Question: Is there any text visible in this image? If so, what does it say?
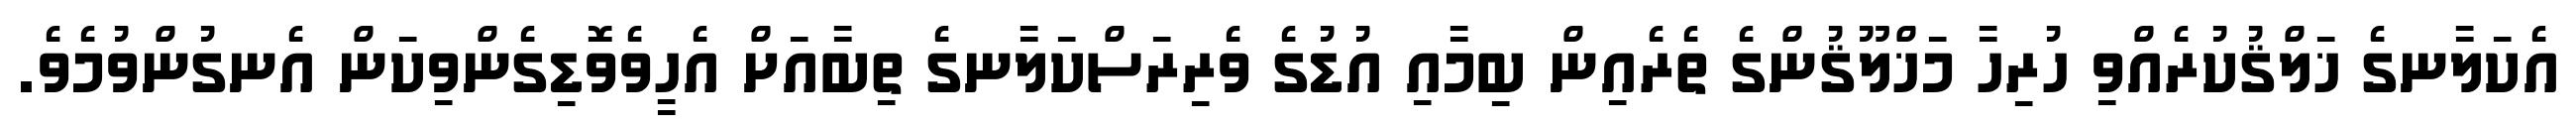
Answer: އެކަލާނގެ ޚަލްޤުކުރެއްވި ހުރިހާ މަޚްލޫޤުންގެ ތެރެއިން ބިމާއި އުޑުގެ ވެރިރަސްކަލާނގެ ތިބާއަށް އެހީވެވޮޑިގެންވިކަން އެނގުންވުމެވެ.